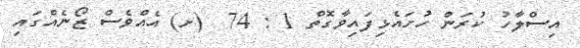
އިސްލާހު ކުރަން ހުށައެޅިފައިވާގޮތް 1 : 74  (ށ) އެއްވެސް ޒޯނެއްގައި